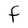
Character: F